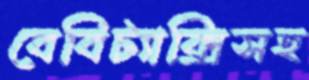
বেবিট্যাক্সিসহ